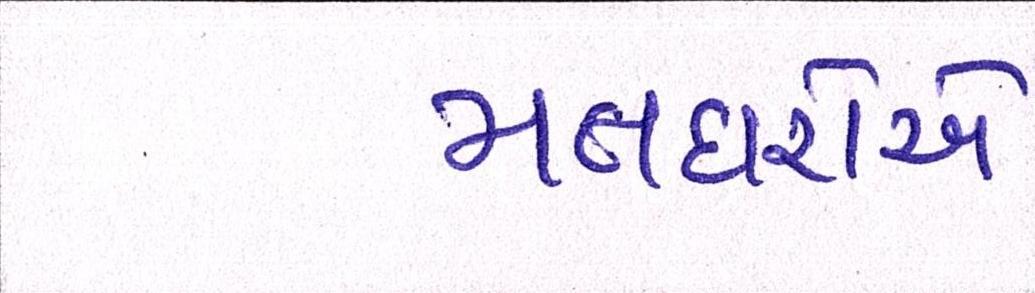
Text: મતદારોએ